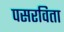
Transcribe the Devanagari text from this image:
पसरविता